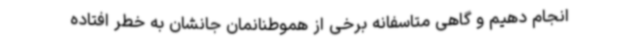
انجام دهیم و گاهی متاسفانه برخی از هموطنانمان جانشان به خطر افتاده